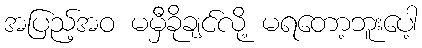
အပြည့်အဝ မမှီခိုချင်လို့ မရတော့ဘူးပေါ့